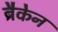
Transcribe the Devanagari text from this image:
ब्रैकेन